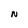
Character: N